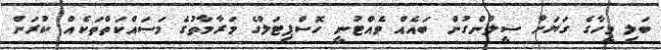
ބަލި މީހާގެ ގަޔަށް ސީލުންގުން ބައެއް ވެއްޓުނީ ހޮސްޕިޓަލްގެ މަރާމާތުގެ މަސައްކަތްތަކެއް ކުރަން